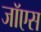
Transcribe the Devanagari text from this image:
जॉएस